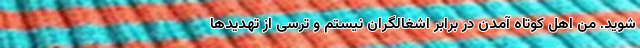
شوید. من اهل کوتاه آمدن در برابر اشغالگران نیستم و ترسی از تهدیدها